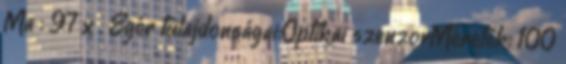
Ma : 97 x . Egér tulajdonságai:Optikai szenzorMéretek: 100